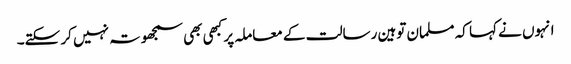
انہوں نے کہا کہ مسلمان توہین رسالت کے معاملہ پر کبھی بھی سمجھوتہ نہیں کر سکتے۔